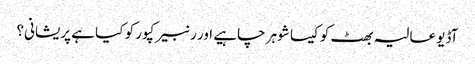
آڈیو عالیہ بھٹ کو کیسا شوہر چاہیے اور رنبیر کپور کو کیا ہے پریشانی؟